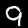
Digit: 9